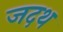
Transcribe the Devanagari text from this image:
जदथ